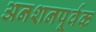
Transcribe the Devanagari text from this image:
अनशनपूर्वक